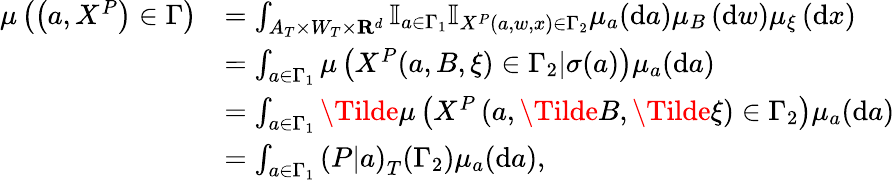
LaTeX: \begin{array}{rl}{\mu\left(\left(a,X^{P}\right)\in\Gamma\right)}&{=\int_{A_{T}\times W_{T}\times\mathbf{R}^{d}}\mathbb{I}_{a\in\Gamma_{1}}\mathbb{I}_{X^{P}(a,w,x)\in\Gamma_{2}}\mu_{a}(\mathrm{d}a)\mu_{B}\left(\mathrm{d}w\right)\mu_{\xi}\left(\mathrm{d}x\right)}\\ &{=\int_{a\in\Gamma_{1}}\mu\left(X^{P}(a,B,\xi)\in\Gamma_{2}|\sigma(a)\right)\mu_{a}(\mathrm{d}a)}\\ &{=\int_{a\in\Gamma_{1}}\Tilde{\mu}\left(X^{P}\left(a,\Tilde{B},\Tilde{\xi}\right)\in\Gamma_{2}\right)\mu_{a}(\mathrm{d}a)}\\ &{=\int_{a\in\Gamma_{1}}\left(P|a\right)_{T}(\Gamma_{2})\mu_{a}(\mathrm{d}a),}\end{array}